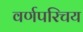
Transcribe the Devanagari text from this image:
वर्णपरिचय